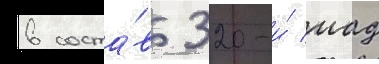
в соста́в 320-и́ иад